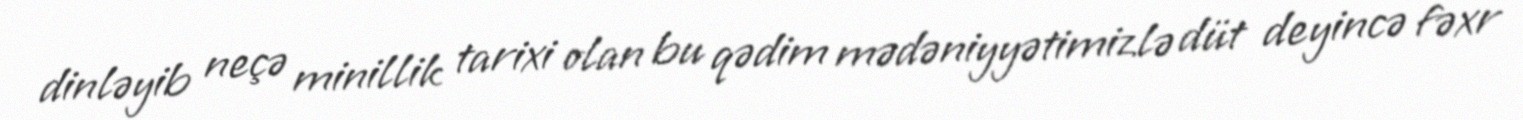
dinləyib neçə minillik tarixi olan bu qədim mədəniyyətimizlə düt deyincə fəxr